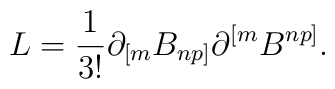
L={1\over{3!}}\partial_{[m}B_{np]}\partial^{[m}B^{np]}.